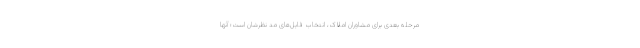
مرحله بعدی برای مشاوران املاک، انتخاب فایل‌های مد نظرشان است؛ آنها